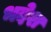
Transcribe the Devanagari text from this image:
भदेश